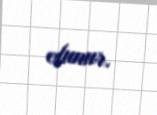
olunur.